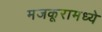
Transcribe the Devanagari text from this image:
मजकूरामध्ये